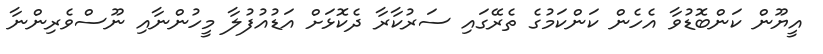
އީޔޫން ކަންބޮޑުވާ އެހެން ކަންކަމުގެ ތެރޭގައި ސަރުކާރާ ދެކޮޅަށް އަޑުއުފުލާ މީހުންނާއި ނޫސްވެރިންނާ